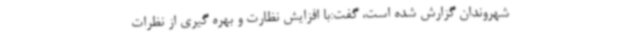
شهروندان گزارش شده است، گفت:با افزایش نظارت و بهره گیری از نظرات